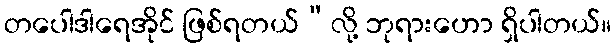
တပေါဒါရေအိုင် ဖြစ်ရတယ်”လို့ ဘုရားဟော ရှိပါတယ်။